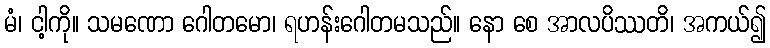
မံ၊ ငါ့ကို။ သမဏော ဂေါတမော၊ ရဟန်းဂေါတမသည်။ နော စေ အာလပိဿတိ၊ အကယ်၍